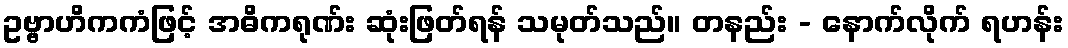
ဥဗ္ဗာဟိကကံဖြင့် အဓိကရုဏ်း ဆုံးဖြတ်ရန် သမုတ်သည်။ တနည်း - နောက်လိုက် ရဟန်း